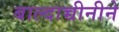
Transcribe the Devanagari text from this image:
बाल्दाच्चीनीने